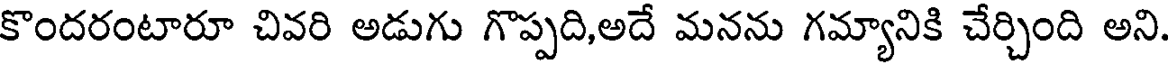
కొందరంటారూ చివరి అడుగు గొప్పది,అదే మనను గమ్యానికి చేర్చింది అని